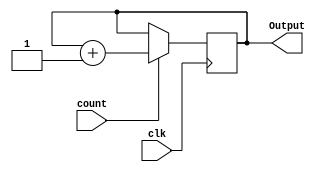
`timescale 1ns / 1ps
//////////////////////////////////////////////////////////////////////////////////
// Company: 
// Engineer: 
// 
// Design Name: 
// Module Name: Counter
// Project Name: 
// Target Devices: 
// Tool Versions: 
// Description: 
// 
// Dependencies: 
// 
// Revision:
// Revision 0.01 - File Created
// Additional Comments:
// 
//////////////////////////////////////////////////////////////////////////////////


module Counter
#(parameter width = 32)
(
    input count,
    input clk,
    output reg [width-1:0] Output = 0
    );
    always @(posedge clk)
        if (count)
            Output = Output + 1;
endmodule